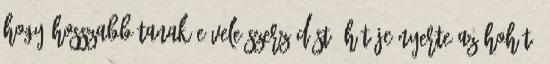
hogy hosszabbítanak-e vele szerződést. Hát JC nyerte az HoH-t: